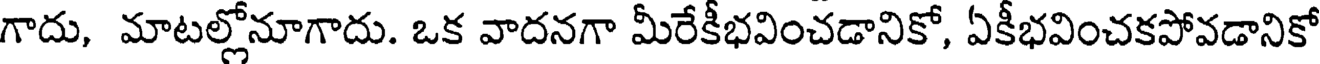
గాదు, మాటల్లోనూగాదు. ఒక వాదనగా మీరేకీభవించడానికో, ఏకీభవించకపోవడానికో